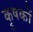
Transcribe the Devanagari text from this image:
कॄषकों